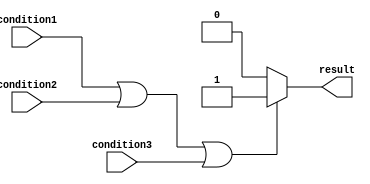
module if_else_statement (
    input wire condition1,
    input wire condition2,
    input wire condition3,
    output reg result
);

always @(*) begin
    if (condition1 || condition2 || condition3) begin
        // If any of the conditions are true
        result <= 1'b1;
    end else begin
        // If none of the conditions are true
        result <= 1'b0;
    end
end

endmodule